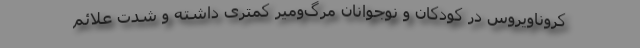
کروناویروس در کودکان و نوجوانان مرگ‌ومیر کمتری داشته و شدت علائم